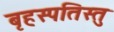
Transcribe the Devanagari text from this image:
बृहस्पतिस्तु